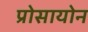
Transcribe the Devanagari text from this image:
प्रोसायोन